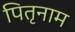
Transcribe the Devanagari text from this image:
पितृनाम